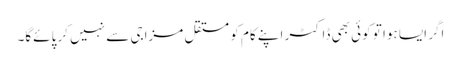
اَگر ایسا ہوا تو کوئی بھی ڈاکٹر اپنے کام کو مستقل مزاجی سے نہیں کر پائے‌گا۔